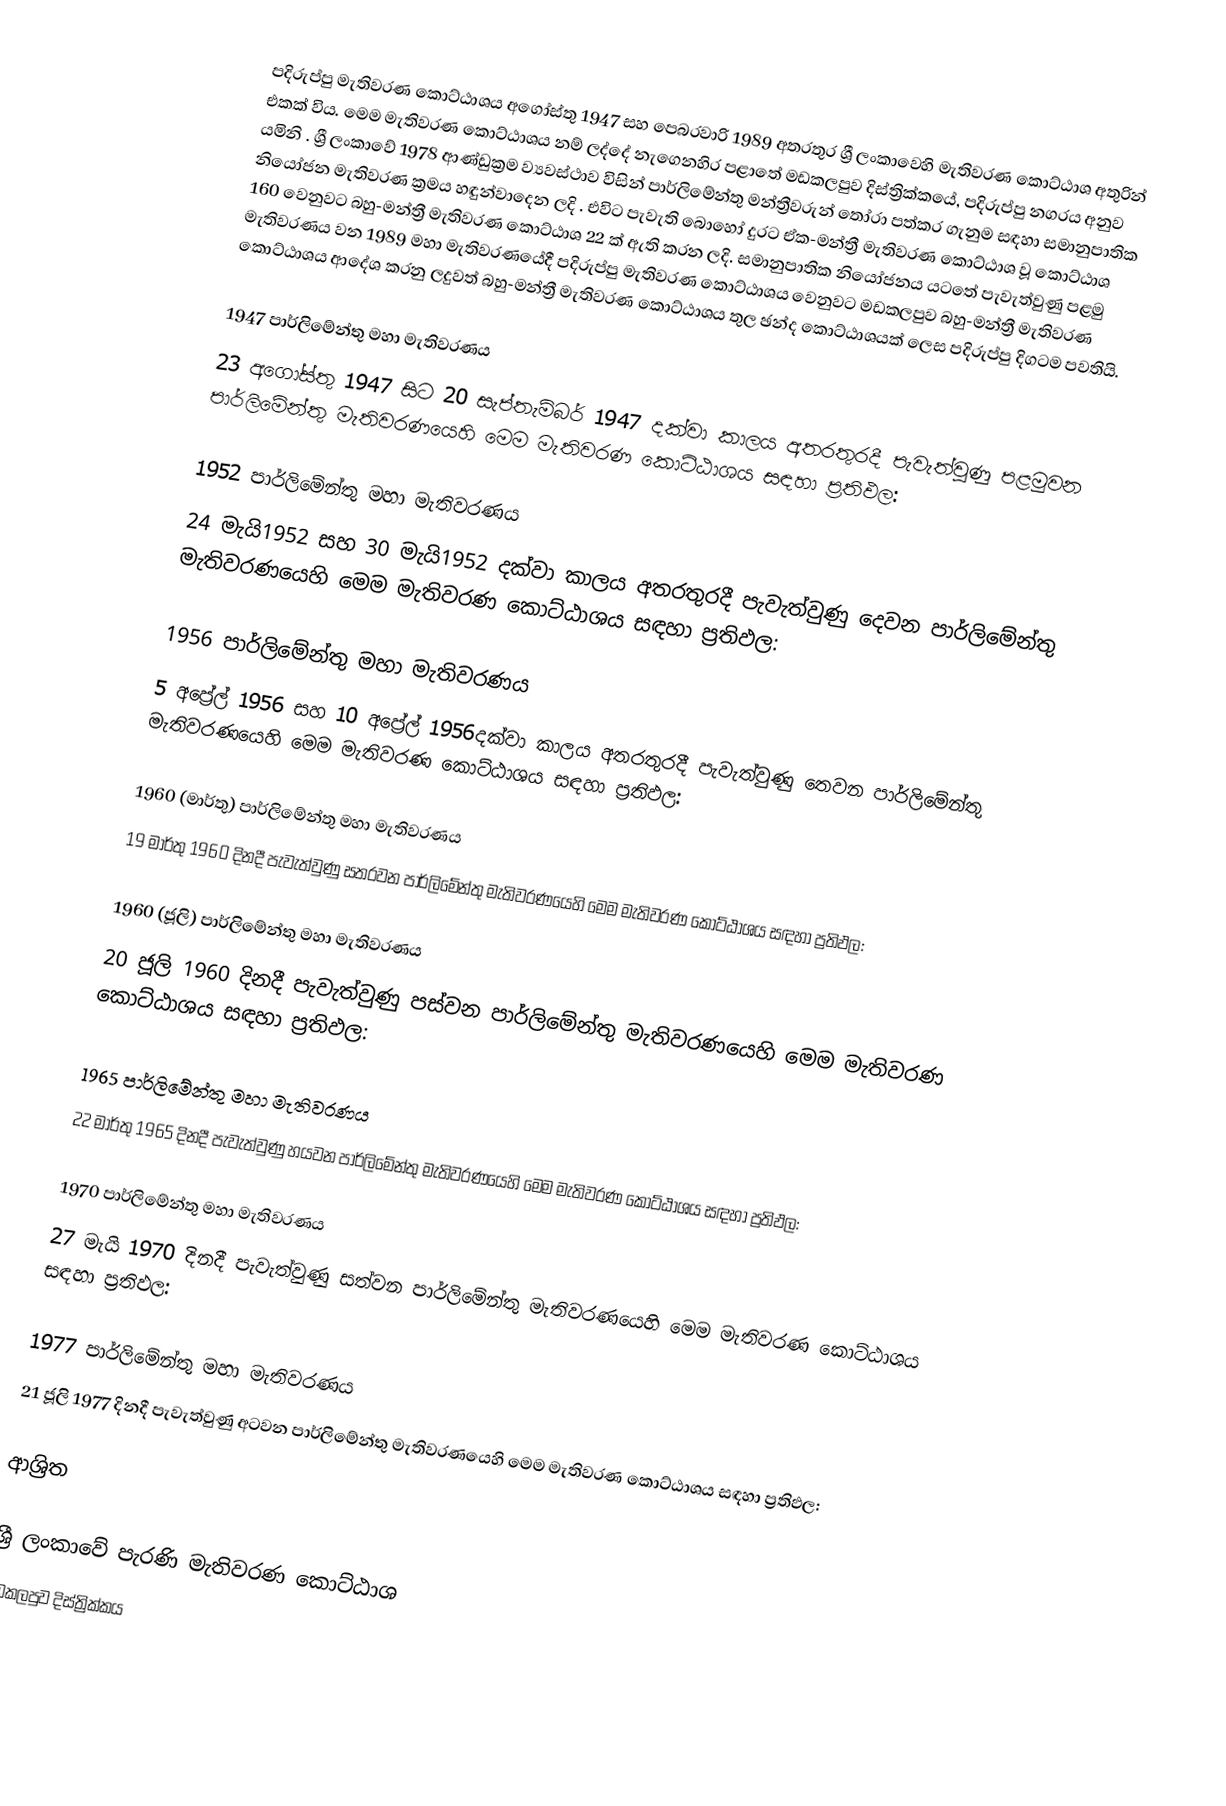
පදිරුප්පු මැතිවරණ කොට්ඨාශය  අගෝස්තු 1947 සහ පෙබරවාරි 1989 අතරතුර  ශ්‍රී ලංකාවෙහි  මැතිවරණ කොට්ඨාශ අතුරින් එකක් විය. මෙම මැතිවරණ කොට්ඨාශය නම් ලද්දේ  නැගෙනහිර පළාතේ  මඩකලපුව දිස්ත්‍රික්කයේ,  පදිරුප්පු නගරය අනුව යමිනි . ශ්‍රී ලංකාවේ 1978 ආණ්ඩුක්‍රම ව්‍යවස්ථාව විසින්   පාර්ලිමේන්තු මන්ත්‍රීවරුන් තෝරා පත්කර ගැනුම සඳහා සමානුපාතික නියෝජන මැතිවරණ ක්‍රමය හඳුන්වාදෙන ලදි . එවිට පැවැති බොහෝ දුරට  ඒක-මන්ත්‍රී මැතිවරණ කොට්ඨාශ වූ කොට්ඨාශ 160 වෙනුවට බහු-මන්ත්‍රී මැතිවරණ කොට්ඨාශ 22 ක් ඇති කරන ලදි. සමානුපාතික නියෝජනය යටතේ පැවැත්වුණු  පළමු මැතිවරණය වන 1989 මහා මැතිවරණයේදී  පදිරුප්පු මැතිවරණ කොට්ඨාශය වෙනුවට  මඩකලපුව බහු-මන්ත්‍රී මැතිවරණ කොට්ඨාශය  ආදේශ කරනු ලදුවත් බහු-මන්ත්‍රී මැතිවරණ කොට්ඨාශය තුල ඡන්ද කොට්ඨාශයක් ලෙස පදිරුප්පු දිගටම පවතියි.

1947 පාර්ලිමේන්තු මහා මැතිවරණය
23 අගෝස්තු 1947 සිට 20 සැප්තැම්බර් 1947 දක්වා කාලය අතරතුරදී පැවැත්වුණු   පළමුවන පාර්ලිමේන්තු මැතිවරණයෙහි මෙම මැතිවරණ කොට්ඨාශය සඳහා ප්‍රතිඵල:

1952 පාර්ලිමේන්තු මහා මැතිවරණය
24 මැයි1952 සහ 30 මැයි1952 දක්වා කාලය අතරතුරදී පැවැත්වුණු   දෙවන පාර්ලිමේන්තු මැතිවරණයෙහි මෙම මැතිවරණ කොට්ඨාශය සඳහා ප්‍රතිඵල:

1956 පාර්ලිමේන්තු මහා මැතිවරණය
5 අප්‍රේල් 1956 සහ 10 අප්‍රේල් 1956දක්වා කාලය අතරතුරදී පැවැත්වුණු   තෙවන පාර්ලිමේන්තු මැතිවරණයෙහි මෙම මැතිවරණ කොට්ඨාශය සඳහා ප්‍රතිඵල:

1960 (මාර්තු) පාර්ලිමේන්තු මහා මැතිවරණය
19 මාර්තු 1960 දිනදී පැවැත්වුණු   සතරවන පාර්ලිමේන්තු මැතිවරණයෙහි මෙම මැතිවරණ කොට්ඨාශය සඳහා ප්‍රතිඵල:

1960 (ජූලි) පාර්ලිමේන්තු මහා මැතිවරණය
20 ජූලි 1960 දිනදී පැවැත්වුණු   පස්වන පාර්ලිමේන්තු මැතිවරණයෙහි මෙම මැතිවරණ කොට්ඨාශය සඳහා ප්‍රතිඵල:

1965 පාර්ලිමේන්තු මහා මැතිවරණය
22 මාර්තු 1965  දිනදී පැවැත්වුණු   හයවන පාර්ලිමේන්තු මැතිවරණයෙහි මෙම මැතිවරණ කොට්ඨාශය සඳහා ප්‍රතිඵල:

1970 පාර්ලිමේන්තු මහා මැතිවරණය
27 මැයි 1970 දිනදී පැවැත්වුණු   සත්වන පාර්ලිමේන්තු මැතිවරණයෙහි මෙම මැතිවරණ කොට්ඨාශය සඳහා ප්‍රතිඵල:

1977 පාර්ලිමේන්තු මහා මැතිවරණය
21 ජූලි 1977 දිනදී පැවැත්වුණු   අටවන පාර්ලිමේන්තු මැතිවරණයෙහි මෙම මැතිවරණ කොට්ඨාශය සඳහා ප්‍රතිඵල:

ආශ්‍රිත

ශ්‍රී ලංකාවේ පැරණි මැතිවරණ කොට්ඨාශ
මඩකලපුව දිස්ත්‍රික්කය